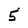
Character: 5